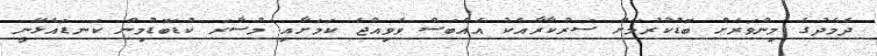
ދެމެދުގެ މިންވަރަށް ބޮޑުކުރުމަށް ސަރުކާރާއެކު އެއްބަސް ވެވިއްޖެ ކަމަށާއި މުސާރަ ކުޑަބޮޑުމިން ކަނޑައެޅޭނީ